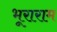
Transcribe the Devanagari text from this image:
भूराराम